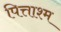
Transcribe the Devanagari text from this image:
पित्ताश्म